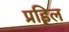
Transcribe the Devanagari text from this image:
प्रहिल